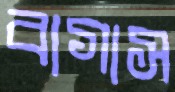
বাগাস